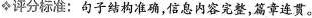
◆评分标准；句子结构准确，信息内容完整，篇章连贯。